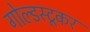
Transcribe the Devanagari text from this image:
गोल्डस्टूकर